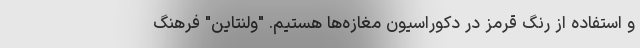
و استفاده از رنگ قرمز در دکوراسیون مغازه‌ها هستیم. "ولنتاین" فرهنگ